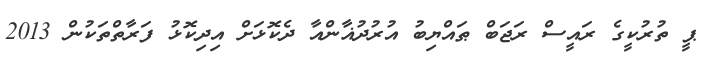
ޕީ ތުރުކީގެ ރައީސް ރަޖަބް ޠައްޔިބު އުރުދުޣާންއާ ދެކޮޅަށް އިދިކޮޅު ފަރާތްތަކުން 2013